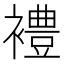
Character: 𫌓